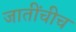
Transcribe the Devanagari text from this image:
जातींचीच